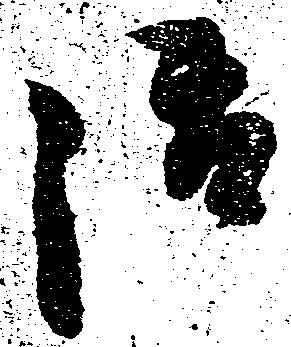
御